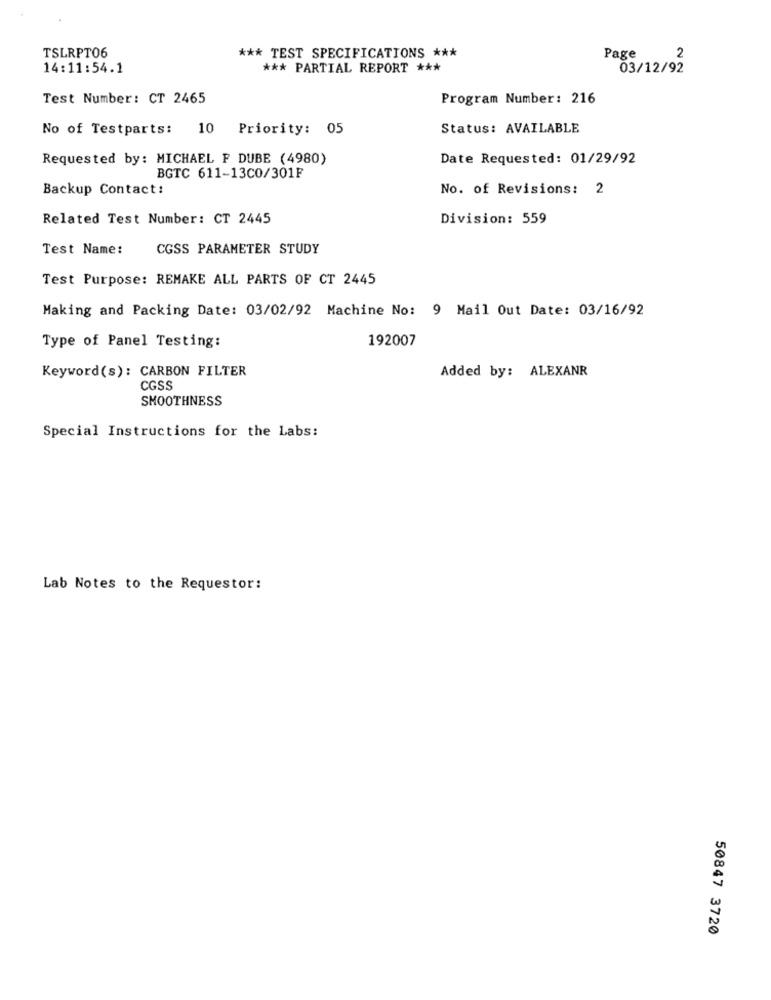
*** TEST SPECIFICATIONS ***
TSLRPT06
Page
2
14:11:54.1
*** PARTIAL REPORT ***
03/12/92
Test Number: CT 2465
Program Number: 216
No of Testparts:
10 Priority: 05
Status: AVAILABLE
Requested by: MICHAEL F DUBE (4980)
Date Requested: 01/29/92
BGTC 611-13CO/301F
Backup Contact:
No. of Revisions: 2
Related Test Number: CT 2445
Division: 559
Test Name:
CGSS PARAMETER STUDY
Test Purpose: REMAKE ALL PARTS OF CT 2445
Making and Packing Date: 03/02/92 Machine No: 9 Mail Out Date: 03/16/92
192007
Type of Panel Testing:
Keyword(s): CARBON FILTER
Added by: ALEXANR
CGSS
SMOOTHNESS
Special Instructions for the Labs:
Lab Notes to the Requestor:
50847 3720